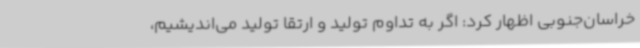
خراسان‌جنوبی اظهار کرد: اگر به تداوم تولید و ارتقا تولید می‌اندیشیم،